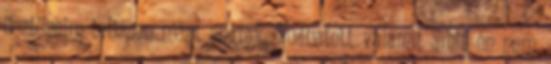
ösztöneim teljesen mást súgtak. Tudhatott valamit amit én nem.